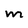
Character: M